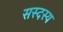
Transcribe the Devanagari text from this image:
सस्दस्य